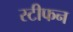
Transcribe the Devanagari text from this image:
स्टीफन